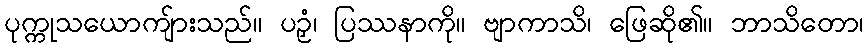
ပုက္ကုသယောကျ်ားသည်။ ပဉှံ၊ ပြဿနာကို။ ဗျာကာသိ၊ ဖြေဆို၏။ ဘာသိတော၊